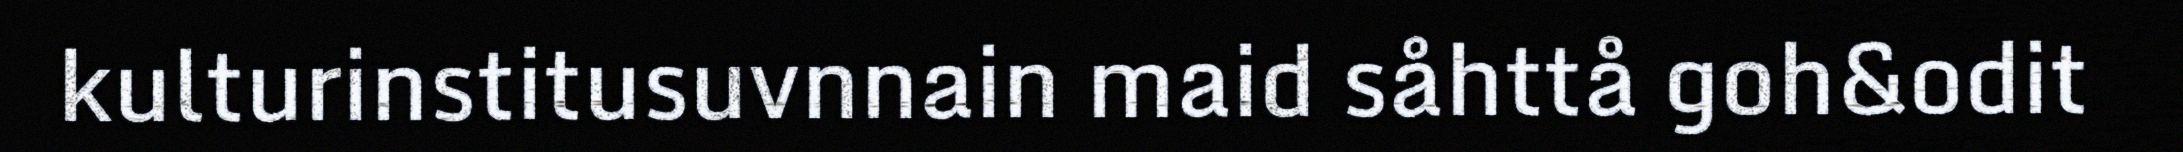
kulturinstitusuvnnain maid såhttå goh&odit